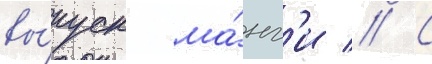
вы́пуск ма́нг'и // С